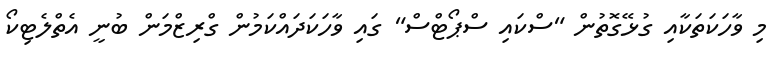
މި ވާހަކަތަކާއި ގުޅޭގޮތުން "ސްކައި ސްޕޯޓްސް" ގައި ވާހަކަދައްކަމުން ގްރިޒްމަން ބުނީ އެތްލެޓިކޯ